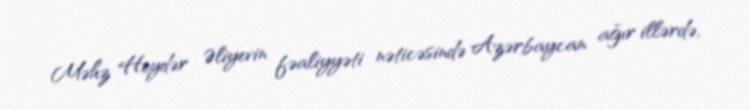
Məhz Heydər Əliyevin fəaliyyəti nəticəsində Azərbaycan ağır illərdə,